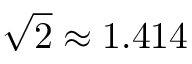
{ \sqrt { 2 } } \approx 1 . 4 1 4